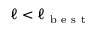
\ell < \ell _ { \mathrm { ~ b ~ e ~ s ~ t ~ } }